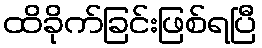
ထိခိုက်ခြင်းဖြစ်ရပြီ